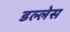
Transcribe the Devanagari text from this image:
डल्लेस